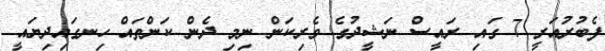
ފެބުރުއަރީ 7 ގައި ރައީސް ނަޝީދުގެ ވެރިކަން ނިމި ދެން ކަންތައް ހިނގައިދިޔައީ